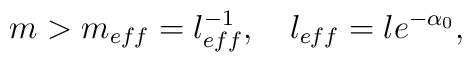
m > m_{eff}= l^{-1}_{eff}, \quad l_{eff}= l e^{-\alpha_0},